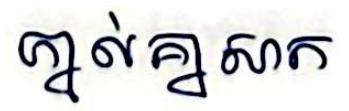
ភ្នាល់គ្នាសាក